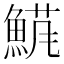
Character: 𬵘